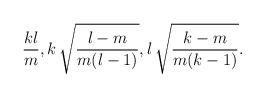
LaTeX: \begin{align*}\frac{k l}{m},k\,\sqrt{\frac{l-m}{m(l-1)}},l\,\sqrt{\frac{k-m}{m(k-1)}}.\end{align*}